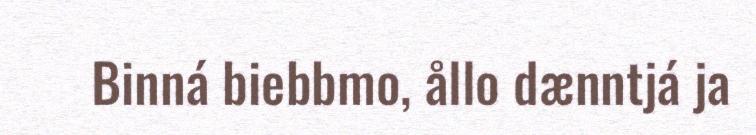
Binná biebbmo, ållo dænntjá ja